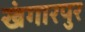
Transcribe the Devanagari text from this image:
खंगारपुर